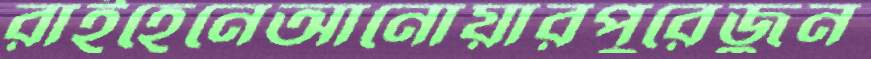
রাইহেনেআনোয়ারপুরেজুন